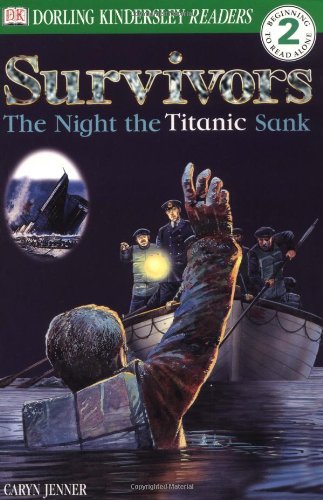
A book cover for DK Readers: Survivors -- The Night the Titanic Sank (Level 2: Beginning to Read Alone); Caryn Jenner; Children's Books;